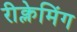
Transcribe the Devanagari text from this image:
रीक्लेमिंग